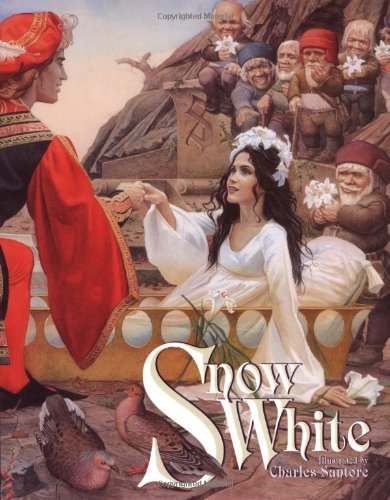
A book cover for Snow White; Jacob Ludwig Carl Grimm; Children's Books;